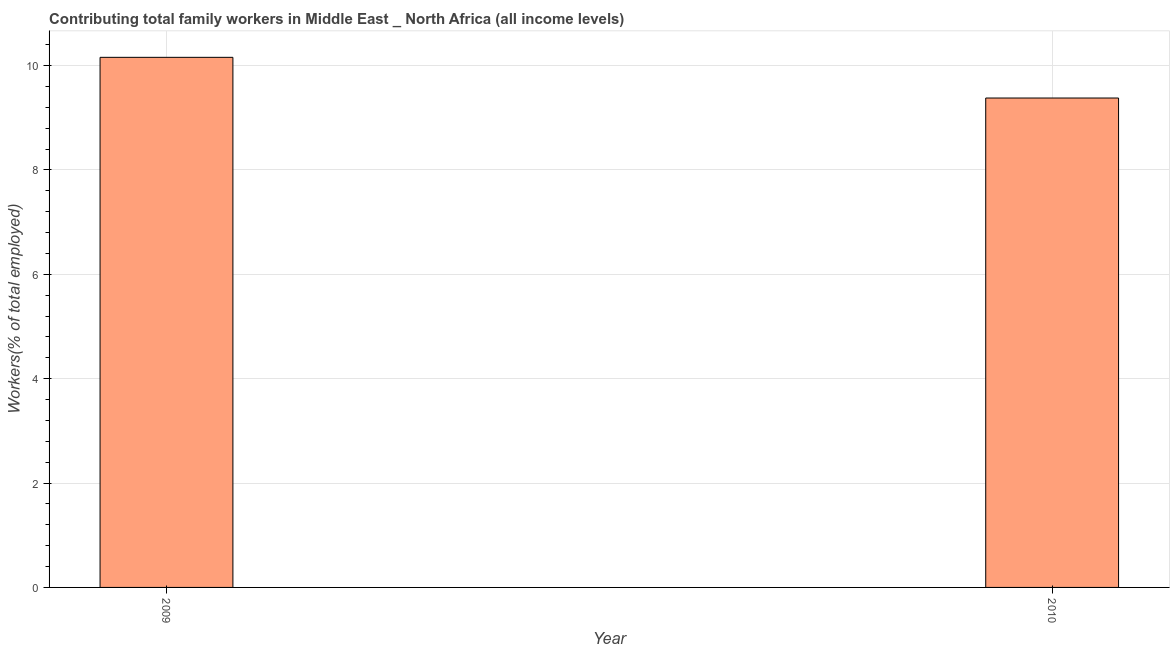
| Year | Contributing family workers |
 | --- | --- |
 | 2009 | 10.2 |
 | 2010 | 9.38 |